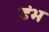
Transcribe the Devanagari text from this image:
डंभ